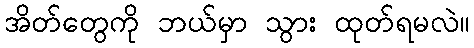
အိတ်တွေကို ဘယ်မှာ သွား ထုတ်ရမလဲ။